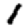
Digit: 1